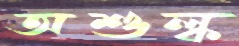
অশুল্ক